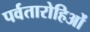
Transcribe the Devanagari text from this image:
पर्वतारोहिओं